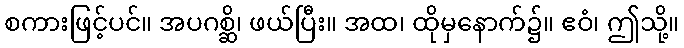
စကားဖြင့်ပင်။ အပဂစ္ဆိ၊ ဖယ်ပြီး။ အထ၊ ထိုမှနောက်၌။ ဧဝံ၊ ဤသို့။